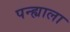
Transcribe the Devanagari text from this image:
पन्ह्याला